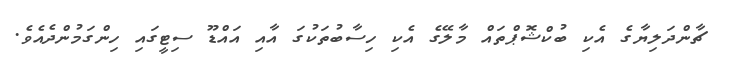
ޗާންދަލިޔާގެ އެކި ބުކްޝޮޕްތައް މާލޭގެ އެކި ހިސާބުތަކުގަ އާއި އައްޑޫ ސިޓީގައި ހިންގަމުންދެއެވެ.